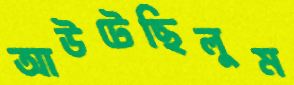
আউটেছিলুম